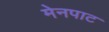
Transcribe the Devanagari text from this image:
मेनपाट